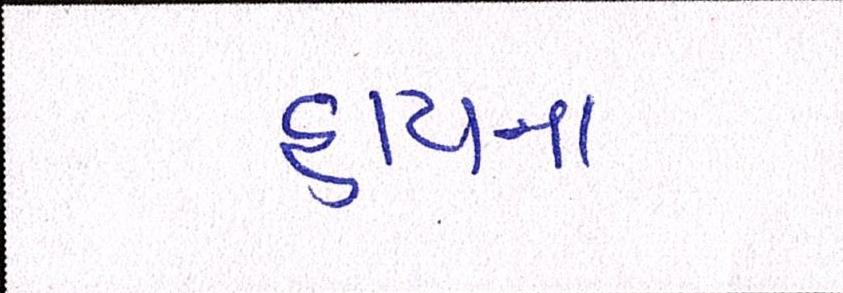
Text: હાયના